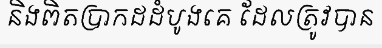
និងពិតប្រាកដដំបូងគេ ដែលត្រូវបាន